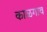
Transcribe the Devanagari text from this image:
काळगाव